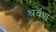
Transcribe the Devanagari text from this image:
श्रंवण